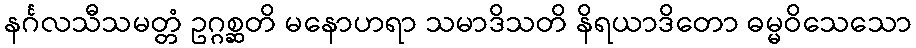
နင်္ဂလသီသမတ္တံ ဥဂ္ဂစ္ဆတိ မနောဟရာ သမာဒိသတိ နိရယာဒိတော ဓမ္မဝိသေသော